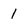
Character: l